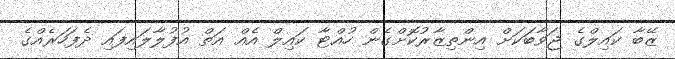
ޒޭބާ ކައިލްގެ ޖަވާބަކަށް އިންތިޒާރުކޮށްގެން ހުއްޓާ ކައިލް އެއް އަތް އުފުލާލައިފައި ދެފަހަރެއްގެ